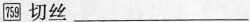
759切丝___